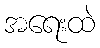
အရေးထဲ